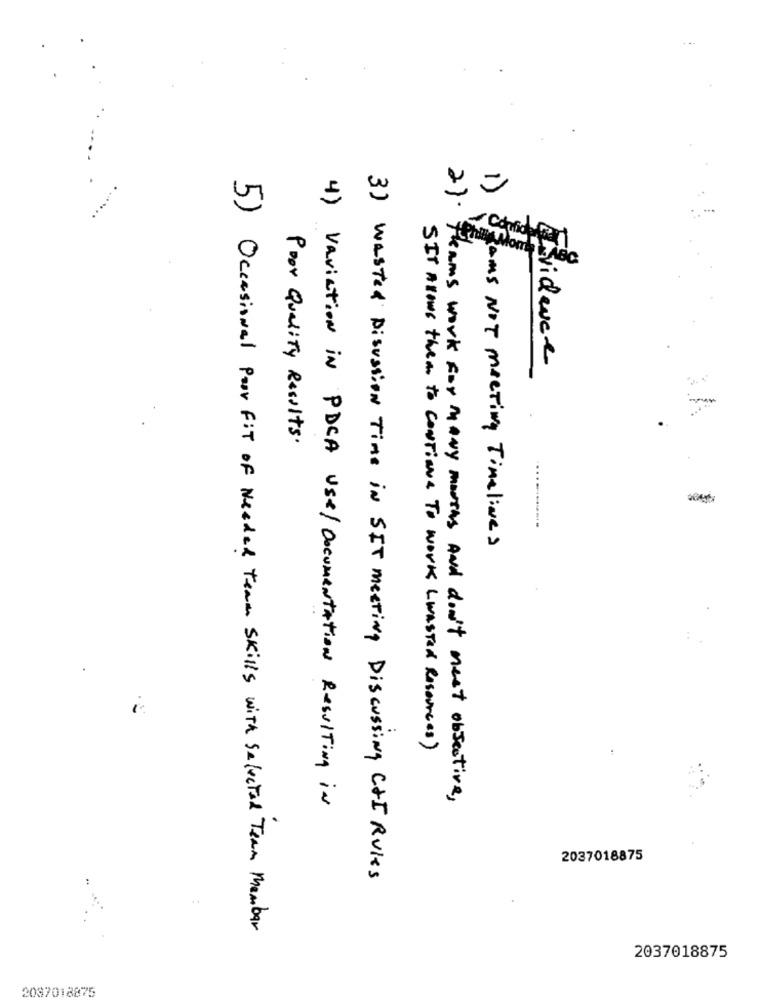
2).
LOW MORE ABC
Evidence
Poor Quality Results.
-
RAMS NOT meeting Timelines
SIT ALONE them to Continue To work (wasTed Resources)
4) Variation in PDCA use/ Documentation Resulting in
Teams work for many months And don't mest objective,
2037018875
3) Wasted Discussion Time iN SIT meeting Discussing C+I Rules
5) Occasional Por FIT of Needed Team Skills with Selected Team Member
2037018875
2037018875